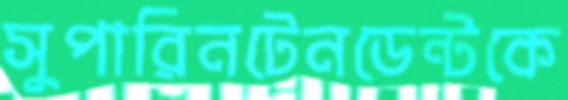
সুপারিনটেনডেন্টকে